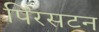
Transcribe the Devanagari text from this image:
पिंरसटन